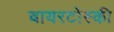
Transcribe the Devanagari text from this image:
बायरटोस्की